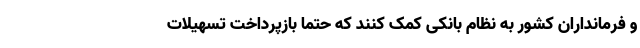
و فرمانداران کشور به نظام بانکی کمک کنند که حتما بازپرداخت تسهیلات